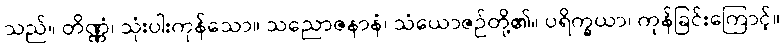
သည်။ တိဏ္ဏံ၊ သုံးပါးကုန်သော။ သညောဇနာနံ၊ သံယောဇဉ်တို့၏။ ပရိက္ခယာ၊ ကုန်ခြင်းကြောင့်။